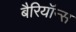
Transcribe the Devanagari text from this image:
बैरियॉन्स